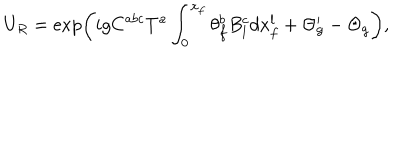
U _ { R } = \exp \left( i g C ^ { a b c } T ^ { a } \int _ { 0 } ^ { x _ { f } } \theta _ { f } ^ { b } B _ { l } ^ { c } d x _ { f } ^ { l } + \Theta _ { g } ^ { \prime } - \Theta _ { g } \right) ,